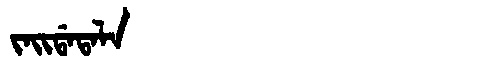
Manchu: ᠵᠠᡳᡩᠠᡨᠠᠯᠠ
Romanization: JAIDATALA